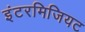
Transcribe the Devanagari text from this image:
इंटरमिजियट